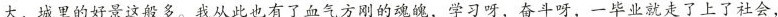
大，城里的好景这般多。我从此也有了血气方刚的魂魄，学习呀，奋斗呀，一毕业就走了上了社会，